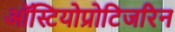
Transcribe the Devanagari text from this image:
ऑस्टियोप्रोटिजरिन